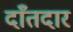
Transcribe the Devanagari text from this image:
दाँतदार